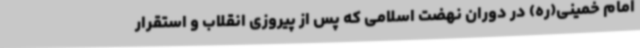
امام خمینی(ره) در دوران نهضت اسلامی که پس از پیروزی انقلاب و استقرار